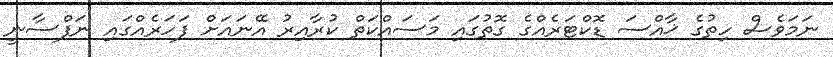
ނަމަވެސް ހިތުގެ ޚާއްސަ ޑޮކްޓަރެއްގެ ގޮތުގައި މަސައްކަތް ކުރާއިރު އޭނައަށް ފަހަރެއްގައި ނަފްސާނީ